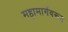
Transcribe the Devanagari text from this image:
महामार्गवरून